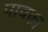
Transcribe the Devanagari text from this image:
पावका